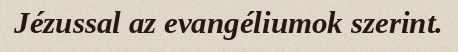
Jézussal az evangéliumok szerint.